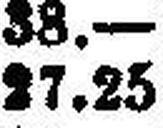
27.25